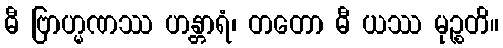
ဓီ ဗြာဟ္မဏဿ ဟန္တာရံ၊ တတော ဓီ ယဿ မုဉ္စတိ။